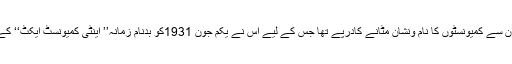
لیکن رضا شاہ اس صورتحال سے مطمئن نہ تھا وہ ایران سے کمیونسٹوں کا نام ونشان مٹانے کادرپے تھا جس کے لیے اس نے یکم جون 1931کو بدنام زمانہ’’ اینٹی کمیونسٹ ایکٹ‘‘ کے ذریعے کمیونسٹ پارٹی آف ایران کو کالعدم قرار دیا ۔